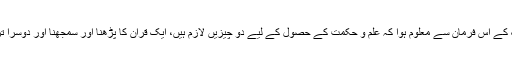
‘‘ اللہ پاک کے اس فرمان سے معلوم ہوا کہ علم و حکمت کے حصول کے لیے دو چیزیں لازم ہیں، ایک قرآن کا پڑھنا اور سمجھنا اور دوسرا تزکیۂ نفس۔